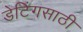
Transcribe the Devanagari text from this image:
डेटिंगसाठी